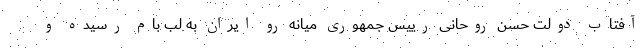
آفتاب دولت حسن روحانی رییس جمهوری میانه رو ایران به لب بام رسیده و